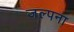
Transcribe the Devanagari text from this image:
जल्पना